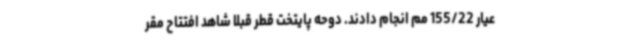
عیار 155/22 مم انجام دادند. دوحه پایتخت قطر قبلا شاهد افتتاح مقر